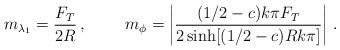
LaTeX: \begin{align*}m_{\lambda_1}=\frac{F_T}{2R}\, , \ \ \ \ \ \ \ m_\phi=\left|\frac{(1/2-c)k\pi F_T}{2\sinh[(1/2-c)Rk\pi]}\right|\, .\end{align*}